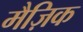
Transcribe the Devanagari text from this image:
मैज़िक